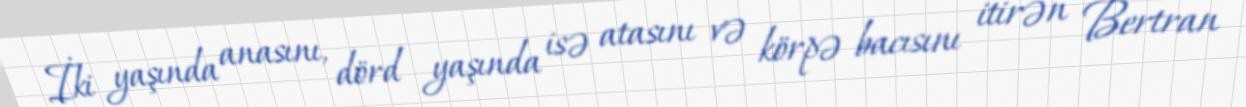
İki yaşında anasını, dörd yaşında isə atasını və körpə bacısını itirən Bertran